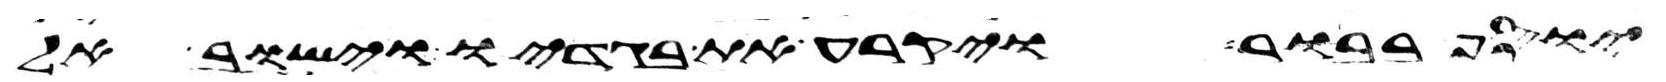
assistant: בבור ויקרע את בגדיו וישב אל